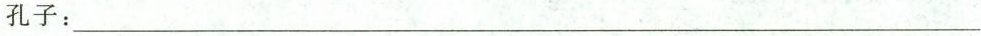
孔子：___